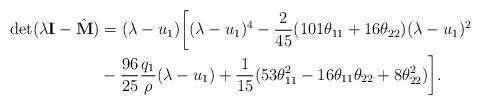
LaTeX: \begin{align*}\mathrm{det}(\lambda {\bf I} - \hat{\bf M}) &= (\lambda - u_1) \bigg[ (\lambda - u_1)^4 - \frac{2}{45} (101 \theta_{11} + 16 \theta_{22}) (\lambda-u_1)^2 \\& -\frac{96}{25} \frac{q_1}{\rho} (\lambda - u_1) + \frac{1}{15} (53\theta_{11}^2 - 16 \theta_{11} \theta_{22} + 8 \theta_{22}^2) \bigg].\end{align*}